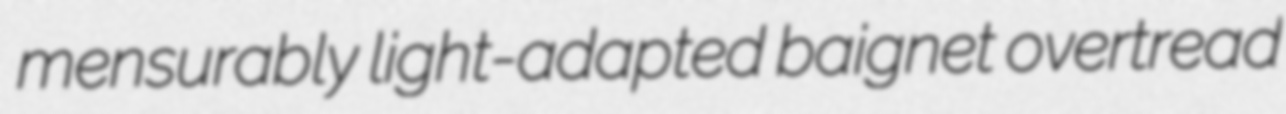
mensurably light-adapted baignet overtread